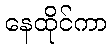
နေထိုင်ကာ